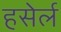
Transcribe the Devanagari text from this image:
हसेर्ल